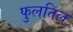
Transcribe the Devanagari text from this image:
फुलतिल